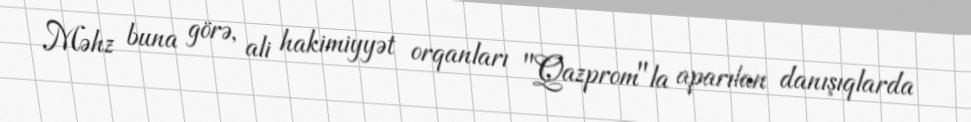
Məhz buna görə, ali hakimiyyət orqanları "Qazprom"la aparılan danışıqlarda